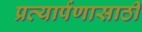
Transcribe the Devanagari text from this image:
प्रत्यार्पणासाठी